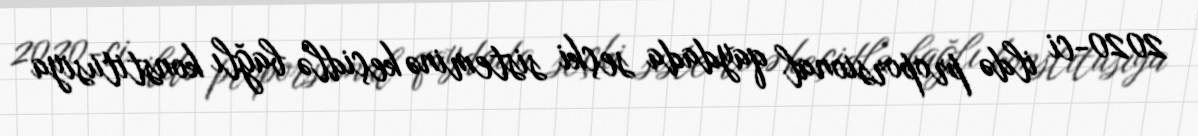
2020-ci ildə proporsional qaydada seçki sisteminə keçidlə bağlı konstitusiya